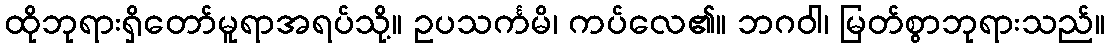
ထိုဘုရားရှိတော်မူရာအရပ်သို့။ ဥပသင်္ကမိ၊ ကပ်လေ၏။ ဘဂဝါ၊ မြတ်စွာဘုရားသည်။